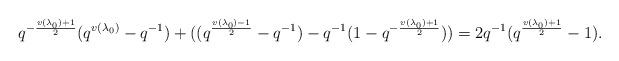
LaTeX: \begin{align*} q^{-\frac{v(\lambda_0)+1}{2}}(q^{v(\lambda_0)}-q^{-1}) + ((q^{\frac{v(\lambda_0)-1}{2}}-q^{-1}) - q^{-1}(1-q^{-\frac{v(\lambda_0)+1}{2}})) = 2q^{-1}(q^{\frac{v(\lambda_0)+1}{2}}-1).\end{align*}